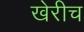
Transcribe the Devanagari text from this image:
खेरीच